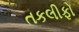
તકલીફો